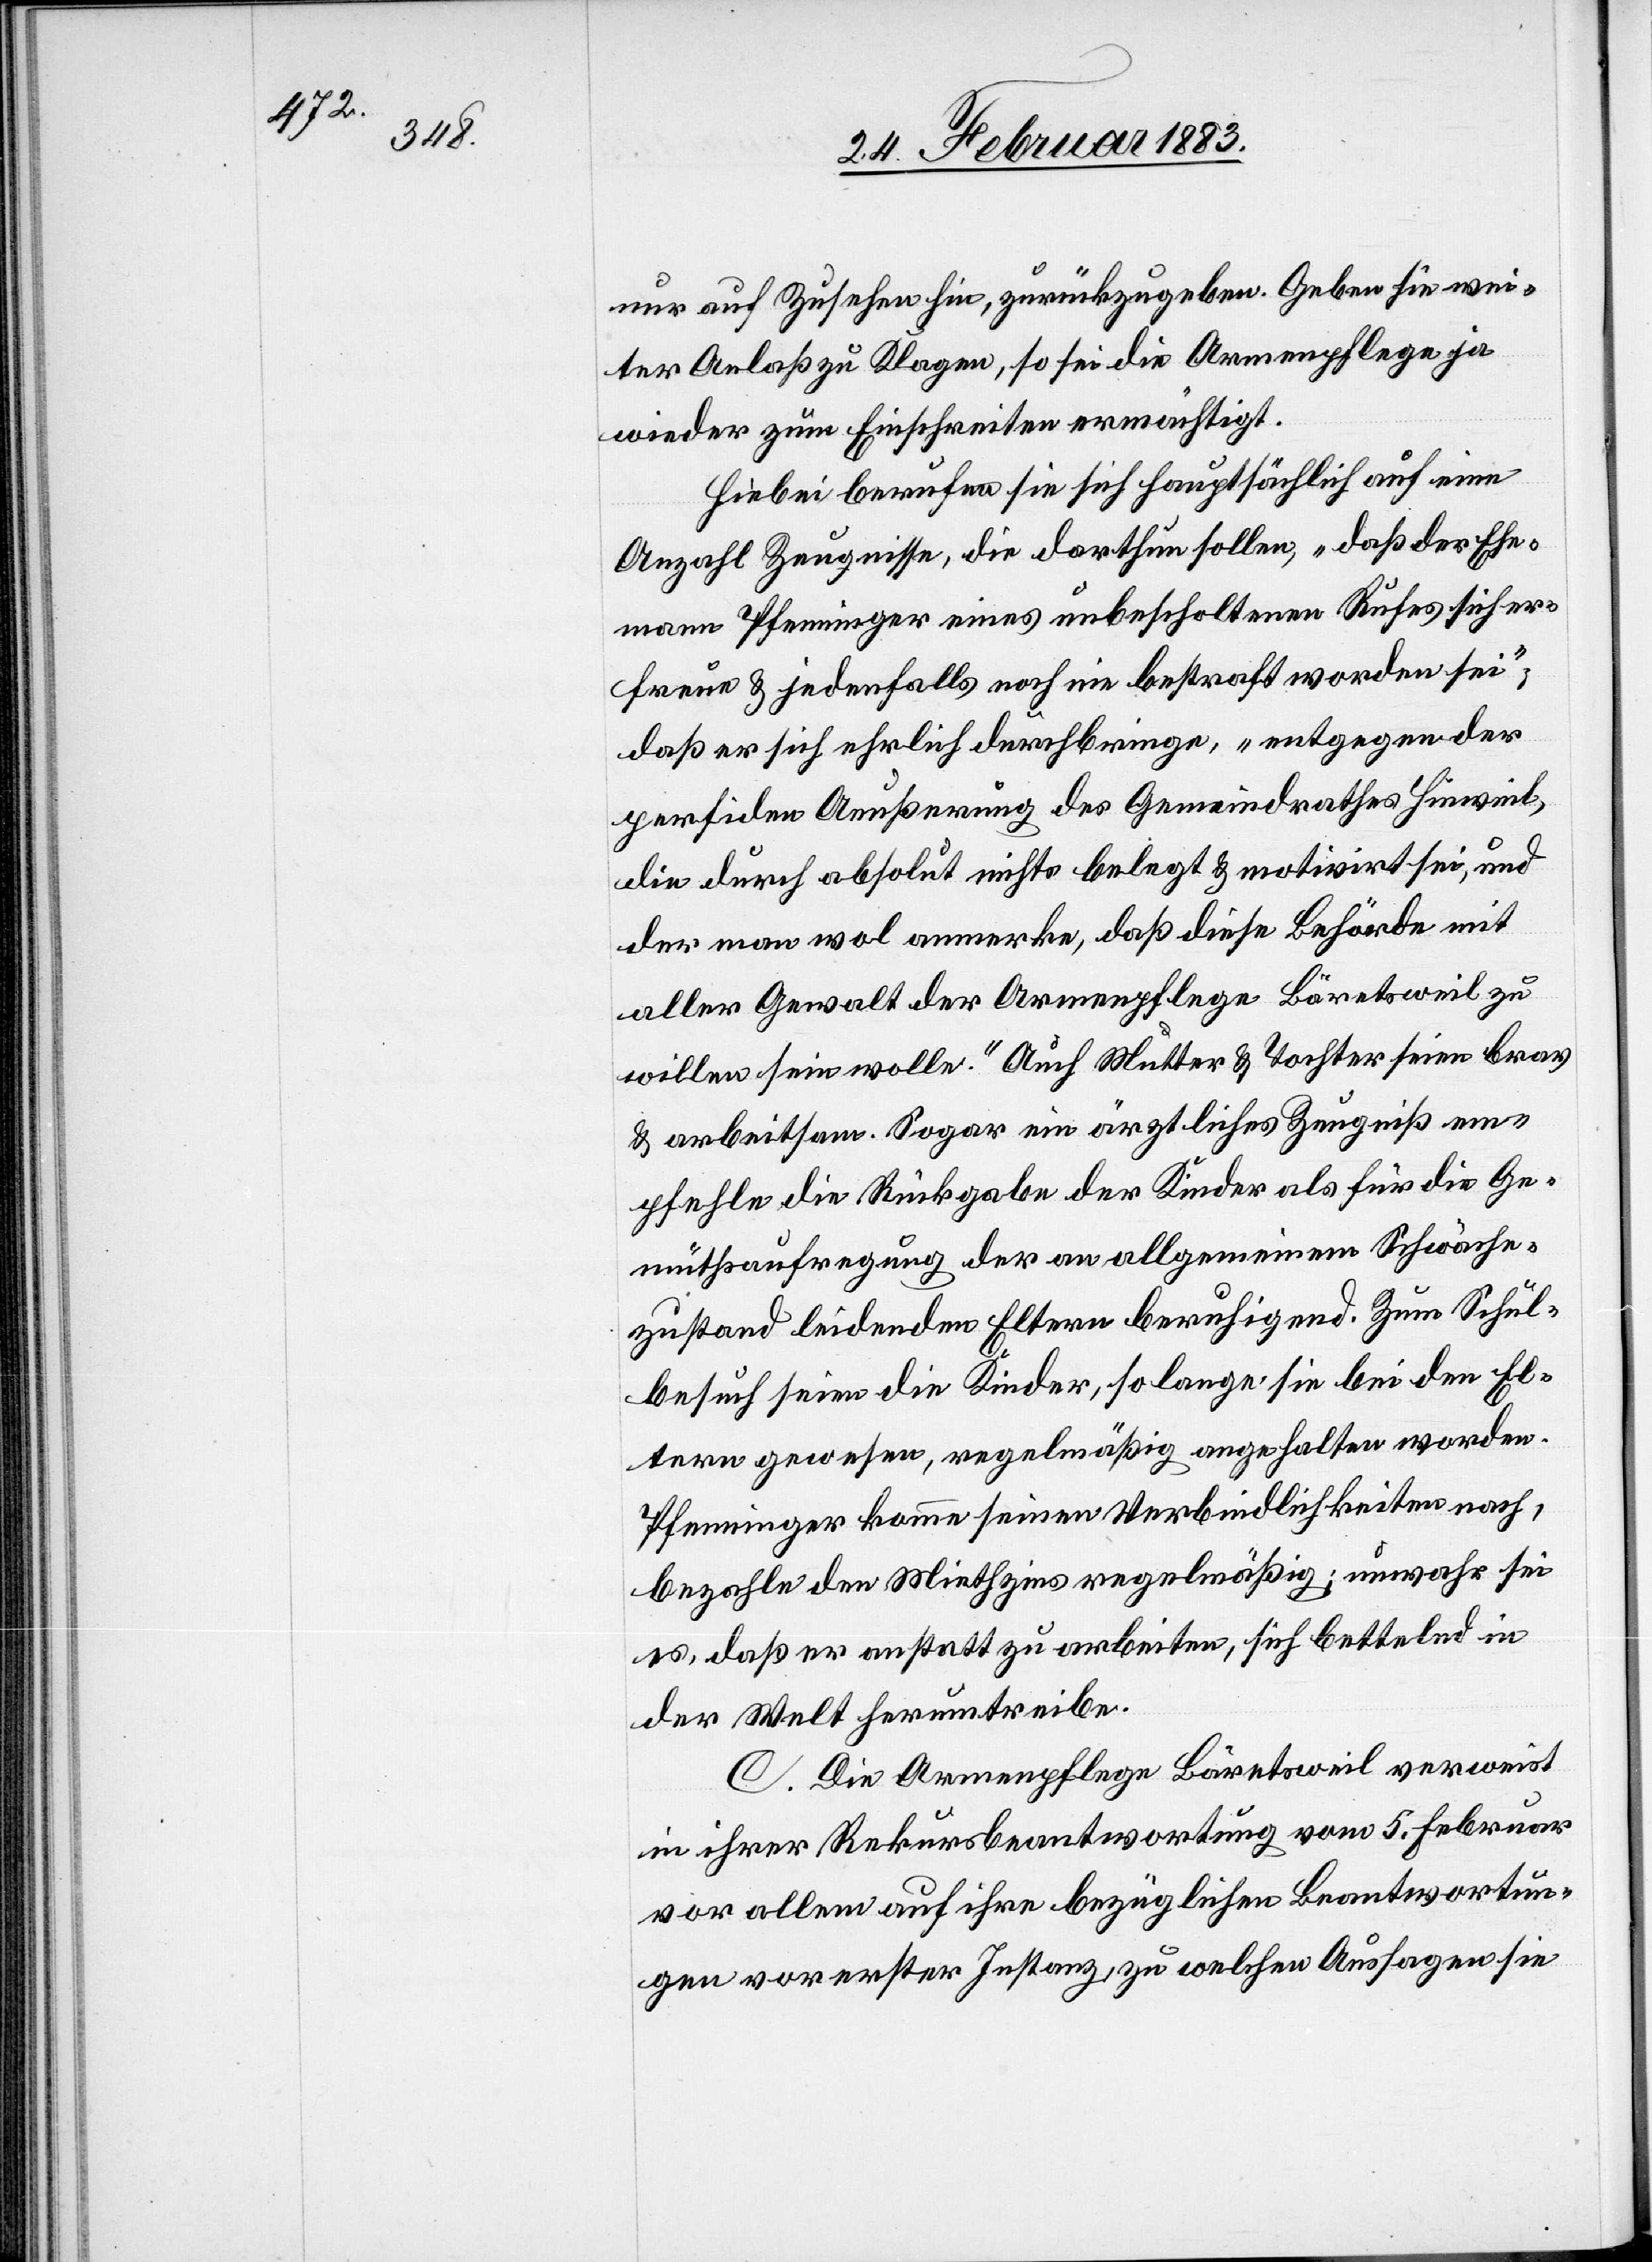
nur auf Zuschauen hin, zurückzugeben. Geben sie wei¬
ter Anlaß zu Klagen, so sei die Armenpflege ja
wieder zum Einschreiten ermächtigt.
Hiebei berufen sie sich hauptsächlich auf eine
Anzahl Zeugnisse, die darthun sollen, „daß der Ehe¬
mann Pfenninger eines unbescholtenen Rufes sich er¬
freue & jedenfalls noch nie bestraft worden sei“,
daß er sich ehrlich durchbringe, „entgegen der
perfiden Aeußerung des Gemeindrathes Hinweil,
die durch absolut nichts belegt & motivirt sei, und
der man wol anmerke, daß diese Behörde mit
aller Gewalt der Armenpflege Bäretsweil zu
willen sein wolle.“ Auch Mutter & Tochter seien brav
& arbeitsam. Sogar ein ärztliches Zeugniß em¬
pfehle die Rückgabe der Kinder als für die Ge¬
müthsaufregung der an allgemeinem Schwäche¬
zustand leidenden Eltern beruhigend. Zum Schul¬
besuch seien die Kinder, so lange sie bei den El¬
tern gewesen, regelmäßig angehalten worden.
Pfenninger komme seinen Verbindlichkeiten nach,
bezahle den Miethzins regelmäßig; unwahr sei
es, daß er anstatt zu arbeiten, sich bettelnd in
der Welt herumtreibe.
C. Die Armenpflege Bäretsweil verweist
in ihrer Rekursbeantwortung vom 5. Februar
vor allem auf ihre bezüglichen Beantwortun¬
gen vor erster Instanz, zu welchen Aussagen sie